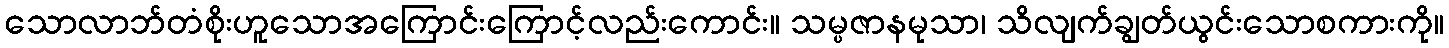
သောလာဘ်တံစိုးဟူသောအကြောင်းကြောင့်လည်းကောင်း။ သမ္ပဇာနမုသာ၊ သိလျက်ချွတ်ယွင်းသောစကားကို။